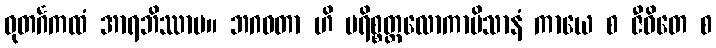
ဓုတင်္ဂကထံ အာရဘိဿာမ။ ဘဂဝတာ ဟိ ပရိစ္စတ္တလောကာမိသာနံ ကာယေ စ ဇီဝိတေ စ